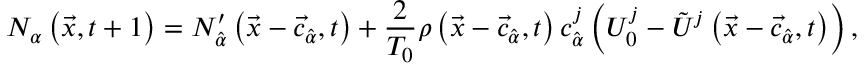
N _ { \alpha } \left( \vec { x } , t + 1 \right) = N _ { \hat { \alpha } } ^ { \prime } \left( \vec { x } - \vec { c } _ { \hat { \alpha } } , t \right) + \frac { 2 } { T _ { 0 } } \rho \left( \vec { x } - \vec { c } _ { \hat { \alpha } } , t \right) c _ { \hat { \alpha } } ^ { j } \left( U _ { 0 } ^ { j } - \tilde { U } ^ { j } \left( \vec { x } - \vec { c } _ { \hat { \alpha } } , t \right) \right) ,